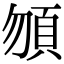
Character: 𩑮